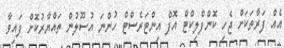
އެއް ފަރާތަކަށް ޖެހި ކޮންފްލިކްޓް އޮފް އިންޓަރެސްޓް ހުންނަ އުސޫލުން ތައްޔާރުކޮށް ފައިވާ